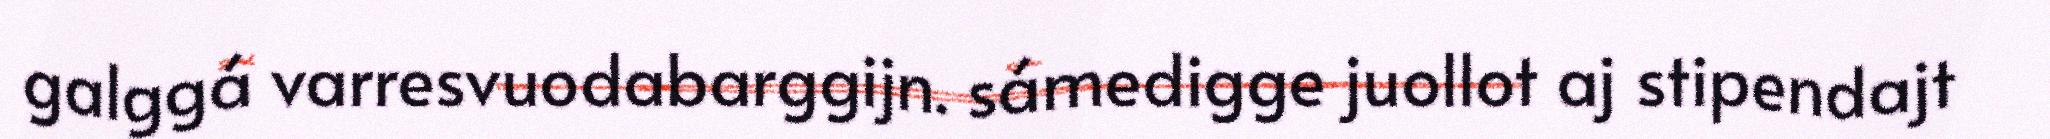
galggá varresvuodabarggijn. sámedigge juollot aj stipendajt